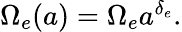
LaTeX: \begin{array}{r}{\Omega_{e}(a)=\Omega_{e}a^{\delta_{e}}.}\end{array}